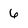
Character: 6